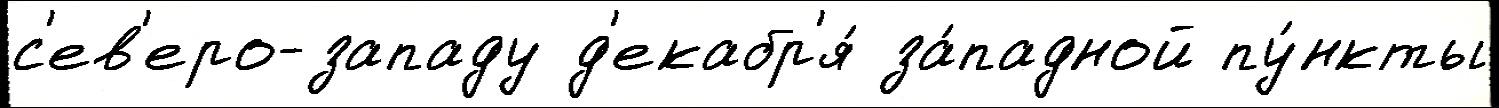
с'ев'еро-западу д'екабр'я́ за́падной пу́нкты